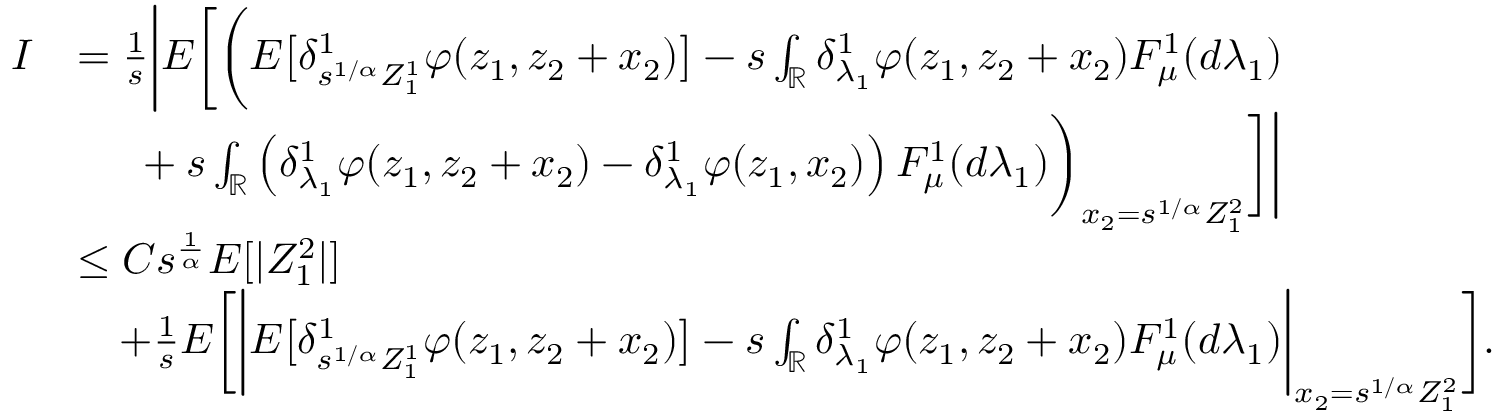
\begin{array} { r l } { I } & { = \frac { 1 } { s } \bigg \vert E \bigg [ \bigg ( E \big [ \delta _ { s ^ { 1 / \alpha } Z _ { 1 } ^ { 1 } } ^ { 1 } \varphi ( z _ { 1 } , z _ { 2 } + x _ { 2 } ) \big ] - s \int _ { \mathbb { R } } \delta _ { \lambda _ { 1 } } ^ { 1 } \varphi ( z _ { 1 } , z _ { 2 } + x _ { 2 } ) F _ { \mu } ^ { 1 } ( d \lambda _ { 1 } ) } \\ & { \mathrm { ~ \ ~ \ } + s \int _ { \mathbb { R } } \left( \delta _ { \lambda _ { 1 } } ^ { 1 } \varphi ( z _ { 1 } , z _ { 2 } + x _ { 2 } ) - \delta _ { \lambda _ { 1 } } ^ { 1 } \varphi ( z _ { 1 } , x _ { 2 } ) \right) F _ { \mu } ^ { 1 } ( d \lambda _ { 1 } ) \bigg ) _ { x _ { 2 } = s ^ { 1 / \alpha } Z _ { 1 } ^ { 2 } } \bigg ] \bigg \vert } \\ & { \leq C s ^ { \frac { 1 } { \alpha } } E [ | Z _ { 1 } ^ { 2 } | ] } \\ & { \ \ \ + \frac { 1 } { s } E \bigg [ \bigg \vert E \big [ \delta _ { s ^ { 1 / \alpha } Z _ { 1 } ^ { 1 } } ^ { 1 } \varphi ( z _ { 1 } , z _ { 2 } + x _ { 2 } ) \big ] - s \int _ { \mathbb { R } } \delta _ { \lambda _ { 1 } } ^ { 1 } \varphi ( z _ { 1 } , z _ { 2 } + x _ { 2 } ) F _ { \mu } ^ { 1 } ( d \lambda _ { 1 } ) \bigg \vert _ { x _ { 2 } = s ^ { 1 / \alpha } Z _ { 1 } ^ { 2 } } \bigg ] . } \end{array}